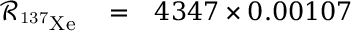
\begin{array} { r l r } { \mathcal { R } _ { \mathrm { { ^ { 1 3 7 } X e } } } } & { { } = } & { 4 3 4 7 \times 0 . 0 0 1 0 7 } \end{array}